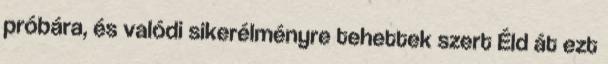
próbára, és valódi sikerélményre tehettek szert Éld át ezt